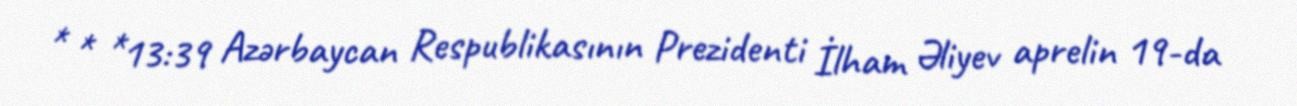
* * *13:39 Azərbaycan Respublikasının Prezidenti İlham Əliyev aprelin 19-da